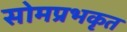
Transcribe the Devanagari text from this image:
सोमप्रभकृत